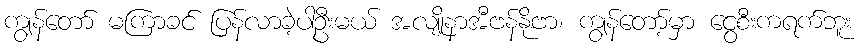
ကျွန်တော် မကြာခင် ပြန်လာခဲ့ပါဦးမယ် အလျိုနာအီဗန်နိုဗာ၊ ကျွန်တော့်မှာ ငွေစီးကရက်ဘူး